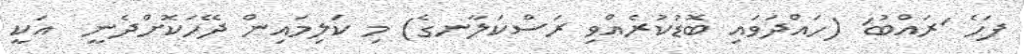
ފަހެ 'ރައްބު' (ހައްދަވައި ބޮޑުކުރެއްވި ރަސްކަލާނގެ) މި ކަލިމައިން ދޭހަކޮށްދެނީ  އަކީ